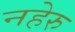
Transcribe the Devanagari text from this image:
नहेरु